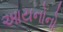
આયનોનો